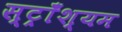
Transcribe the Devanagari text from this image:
स्ट्राँश्यम